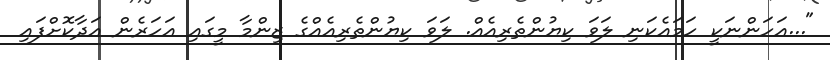
"...އަހަންނަކީ ހަމައެކަނި ލަވަ ކިޔުންތެރިއެއް. ލަވަ ކިޔުންތެރިއެއްގެ ޒިންމާ މީގައި އަހަރެން އަދާކޮށްފައި